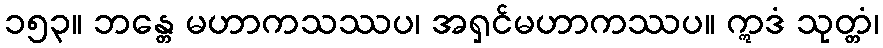
၁၅၃။ ဘန္တေ မဟာကသဿပ၊ အရှင်မဟာကဿပ။ ဣဒံ သုတ္တံ၊